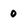
Character: 0